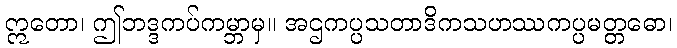
ဣတော၊ ဤဘဒ္ဒကပ်ကမ္ဘာမှ။ အဌကပ္ပသတာဒိကသဟဿကပ္ပမတ္တဓော၊